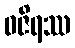
ဝဇိရဿ